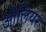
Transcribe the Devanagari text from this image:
ओलियर